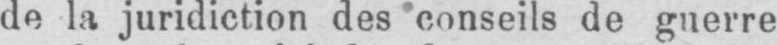
de la juridiction des conseils de guerre